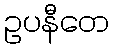
ဥပနီတေ